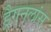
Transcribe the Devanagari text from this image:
ड्रैगनलांस